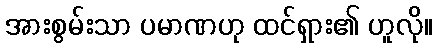
အားစွမ်းသာ ပမာဏဟု ထင်ရှား၏ ဟူလို။